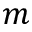
m